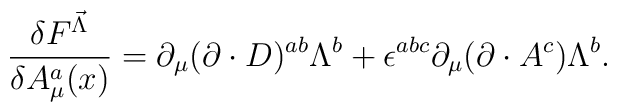
\frac{\delta F^{\vec{\Lambda}}}{\delta A^{a}_{\mu}(x)}=\partial_{\mu}(\partial\cdot D)^{ab}\Lambda^{b}+\epsilon^{abc}\partial_{\mu}(\partial\cdot A^{c})\Lambda^{b}.